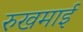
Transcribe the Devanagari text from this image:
रुखमाई